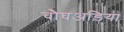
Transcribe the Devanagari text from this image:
चौघअड़िया